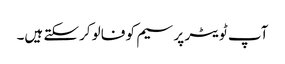
آپ ٹویٹر پر سیم کو فالو کرسکتے ہیں۔